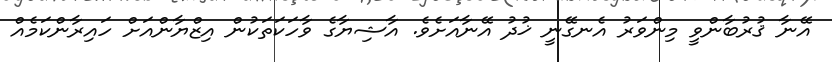
އޭނާ ޤުރުބާންވީ މިންވަރު އެނގޭނީ ޚުދު އޭނާއަށެވެ. އާޝިޔާގެ ވާހަކަތަކުން އިޒްޔާންއަށް ހައިރާންކަމެއް